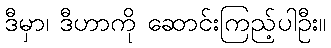
ဒီမှာ၊ ဒီဟာကို ဆောင်းကြည့်ပါဦး။